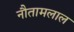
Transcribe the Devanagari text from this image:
नौतामलाल